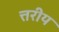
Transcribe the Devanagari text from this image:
त्तरीय